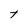
Character: t